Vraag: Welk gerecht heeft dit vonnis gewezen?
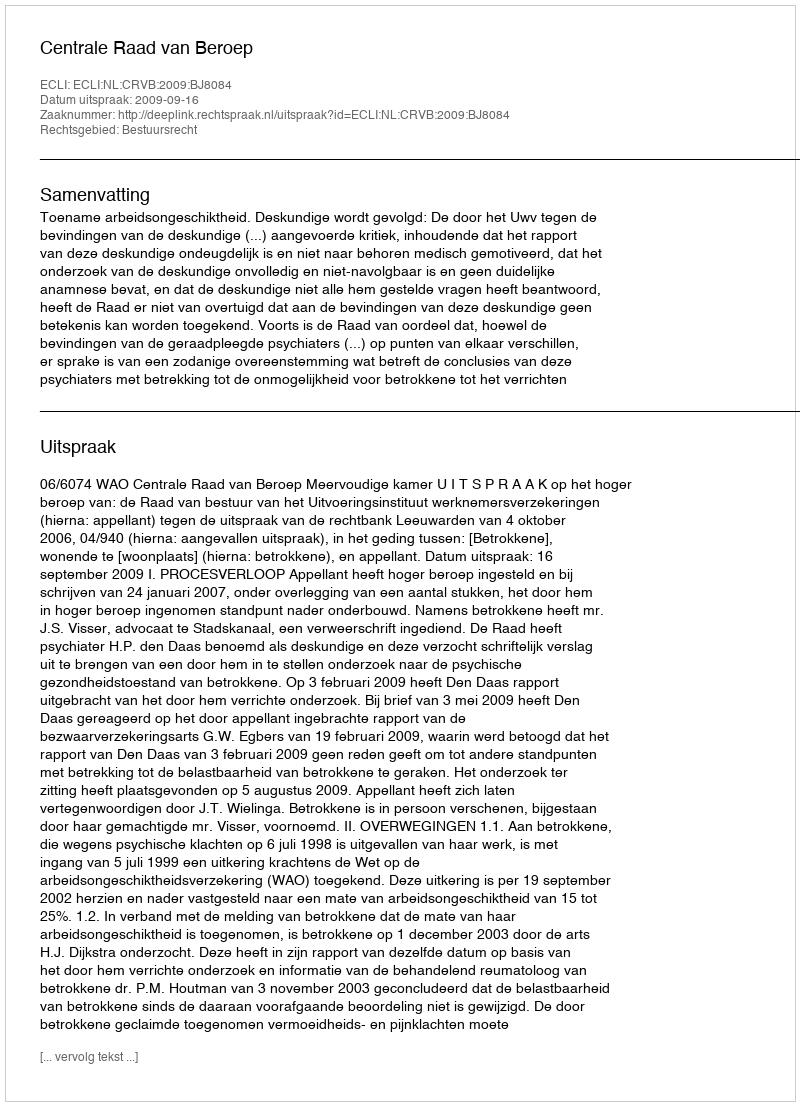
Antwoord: Centrale Raad van Beroep